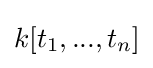
k[t_{1},...,t_{n}]